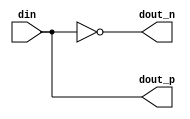
// This program was cloned from: https://github.com/chipsalliance/aib-phy-hardware
// License: Apache License 2.0

// SPDX-License-Identifier: Apache-2.0
// Copyright (C) 2019 Intel Corporation. 
//------------------------------------------------------------------------
// Copyright (c) 2012 Altera Corporation. .
//
//------------------------------------------------------------------------
// Revision:    $Revision: 1 $
//------------------------------------------------------------------------
// Description: gated 8 clock phases for powerdown and regulator power domain crossing
//
//------------------------------------------------------------------------

module aibcr3_split_align (
input          din,           		// input
output         dout_p,           	// splitted output positive
output         dout_n           	// splitted output negative
);

`ifdef TIMESCALE_EN
                timeunit 1ps;
                timeprecision 1ps;
`endif

parameter  INV_DELAY      = 15;  // 15ps

assign #(2 * INV_DELAY) dout_p = din;
assign #(2 * INV_DELAY) dout_n = ~din;

endmodule